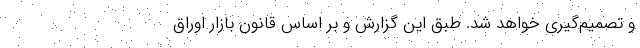
و تصمیم‌گیری خواهد شد. طبق این گزارش و بر اساس قانون بازار اوراق